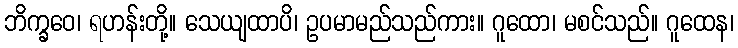
ဘိက္ခဝေ၊ ရဟန်းတို့။ သေယျထာပိ၊ ဥပမာမည်သည်ကား။ ဂူထော၊ မစင်သည်။ ဂူထေန၊